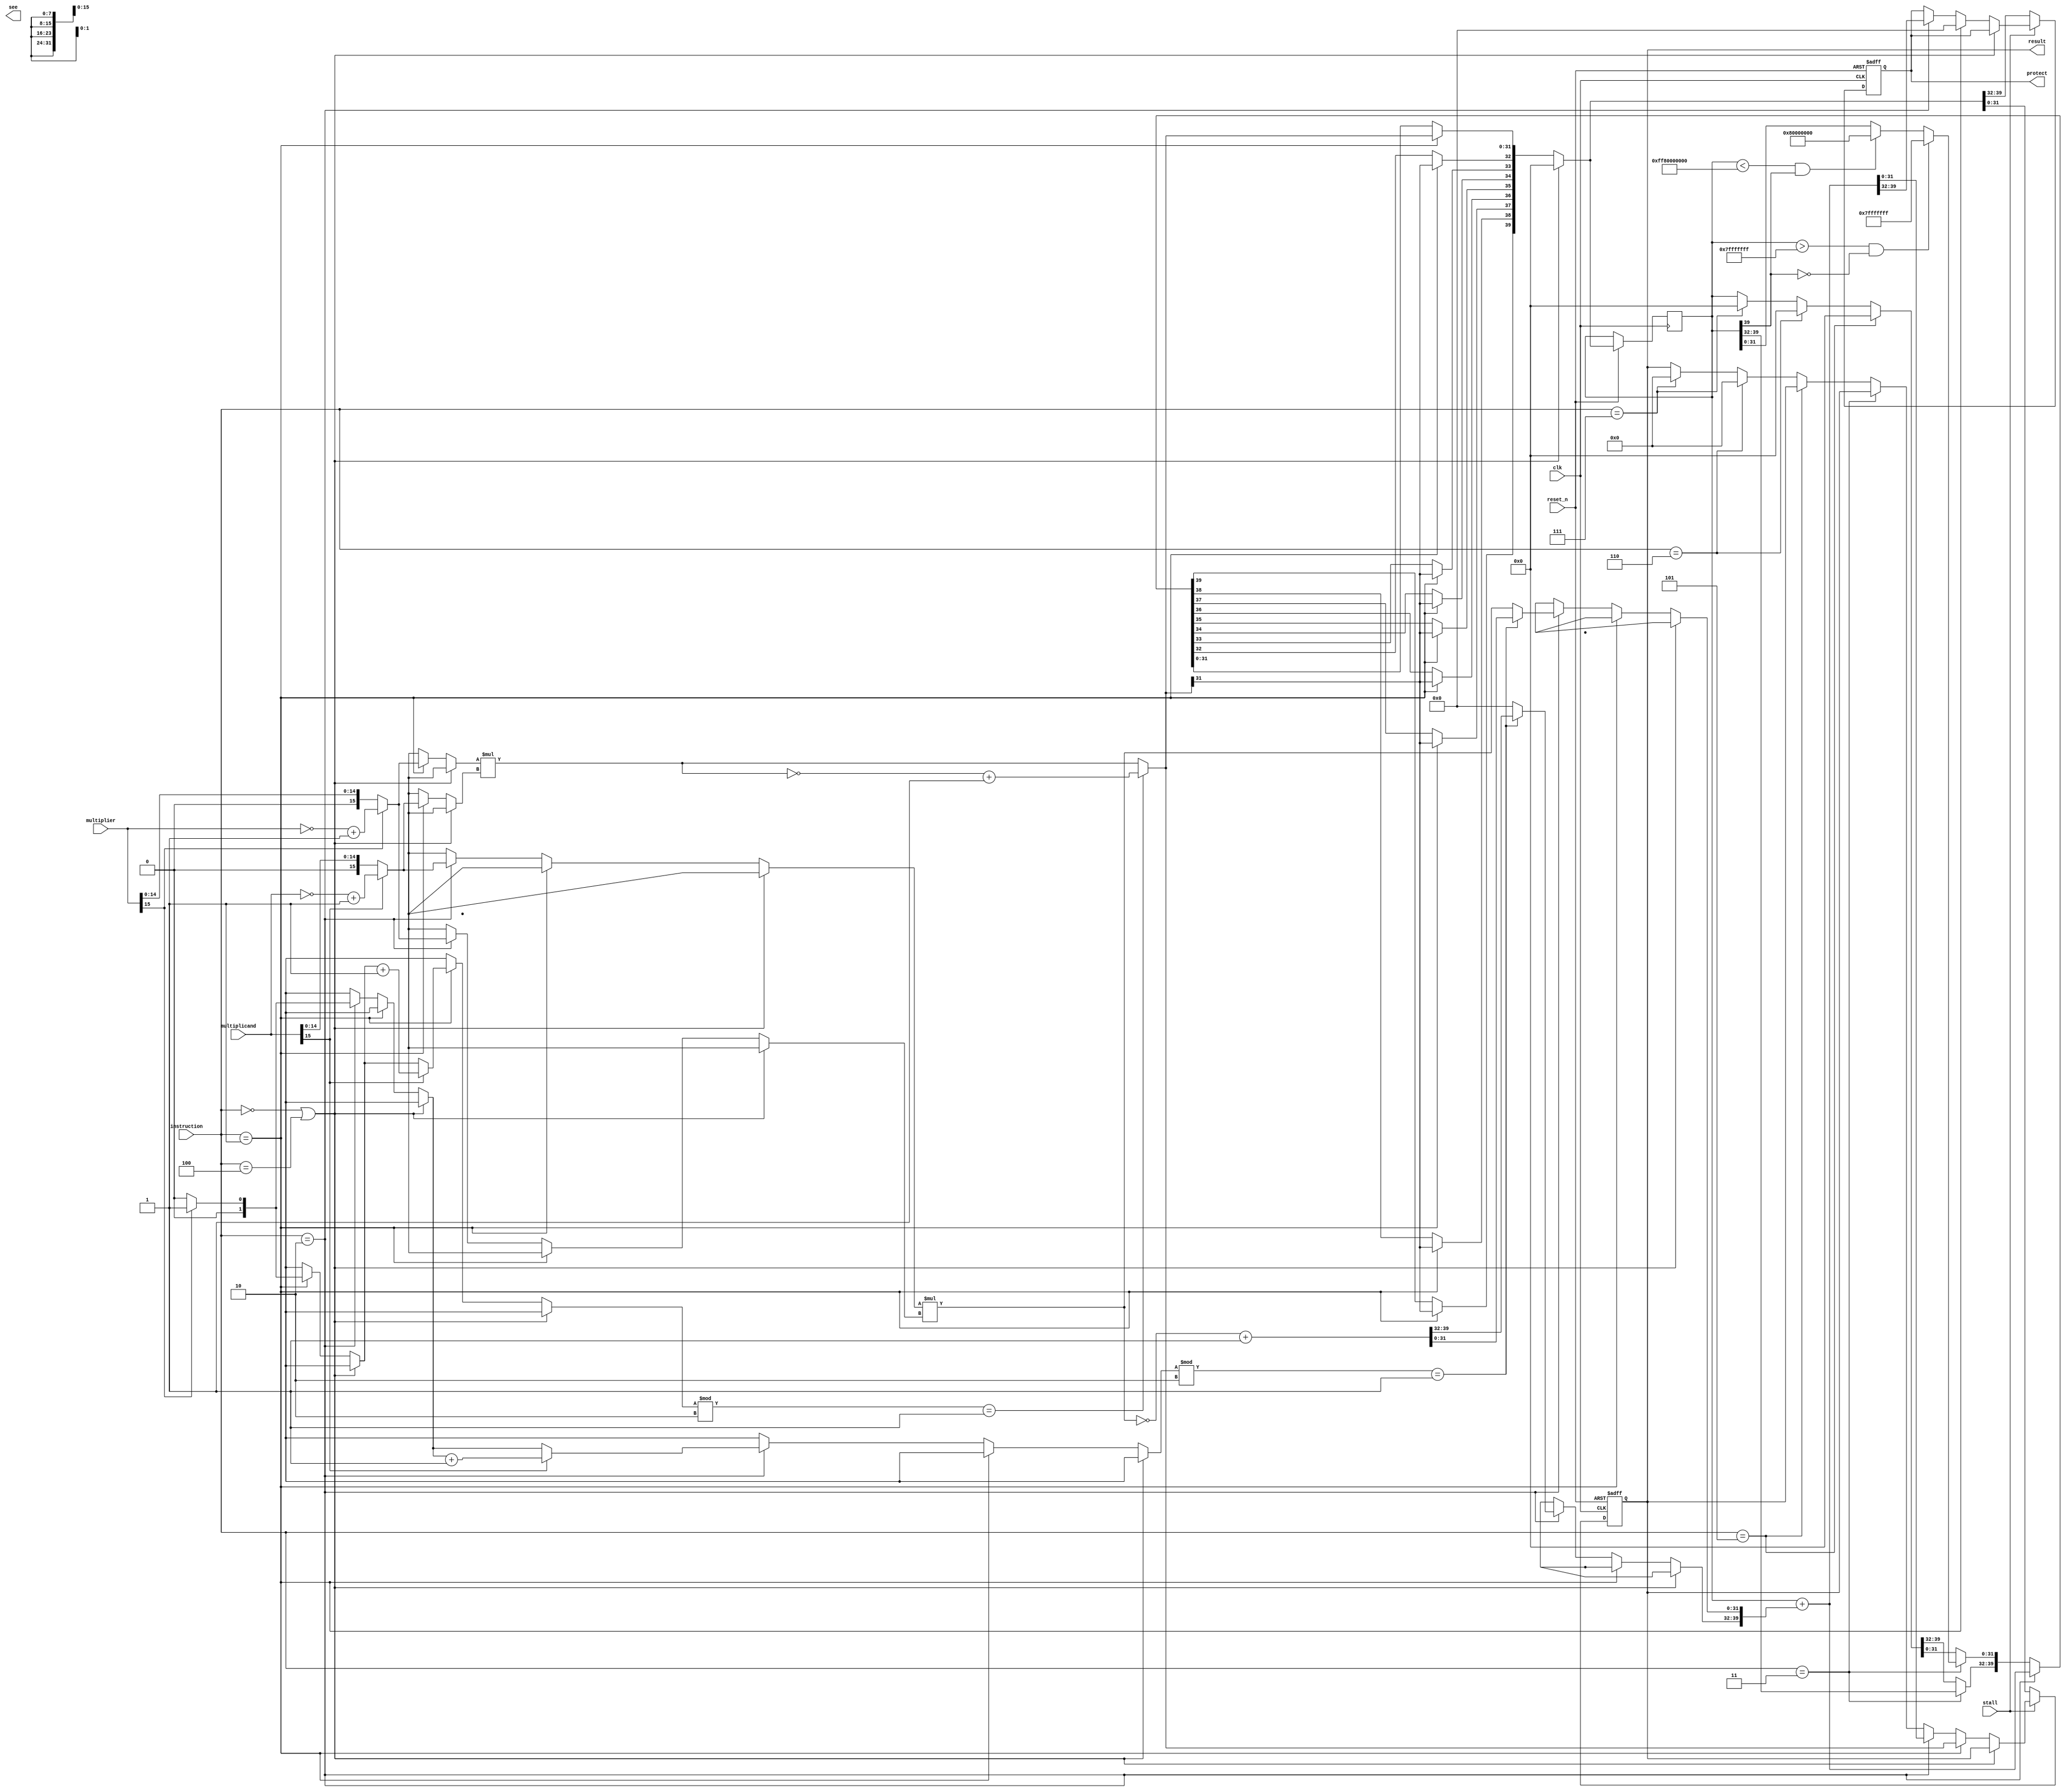
module mac (clk, reset_n, instruction, multiplier,
            multiplicand, stall, protect, result,see);
input clk;
input reset_n;
input [2:0] instruction;
input [15:0] multiplier;
input [15:0] multiplicand;
input stall;
output reg [7:0] protect;
output reg [31:0] result;

reg [15:0] Multiplier;
reg [15:0] Multiplicand;
reg [39:0] temp;
reg [39:0] temp2;
reg [1:0] notice;
output reg [39:0] see;
/* 	for first part of class
reg [39:0] queue[1:0];//the output queue
reg [39:0] last_output;
reg [1:0] counter;
reg [1:0] counter2;
*/
integer i;//just for for loop

always@(posedge clk or negedge reset_n)
begin
    if (reset_n == 1'b0)
    begin
        protect = 8'd0;
        result = 32'd0;
    end
    else
    begin
        // reset_n == 1'b1

        Multiplier = multiplier;	// new multiplier`
        Multiplicand = multiplicand;// new multiplicand

        if (instruction == 3'b000 || instruction == 3'b100)
            temp = 40'd0;
        else if (instruction == 3'b001)
        begin
            // 16-bit x 16-bit
            notice = 2'd0;
            // reset negative count

            if (Multiplier[15] == 1'b1)
            begin
                // negative number
                notice=notice+1;// ...
                Multiplier=~Multiplier+1;
            end

            if (Multiplicand[15] == 1'b1)
            begin
                // negative number
                notice=notice+1;// ...
                Multiplicand=~Multiplicand+1;


            end
            {protect[7:0],result[31:0]}=Multiplier*Multiplicand;
            temp = {protect[7:0],result[31:0]};

            if (notice%2 == 1)
                // negative result
                temp=~temp+1;
            // 2's complement

            for (i=32; i<40; i=i+1)
                temp[i]=temp[31];
            // sign extension
            result=temp;
            // current result is stored in temp
        end
        else if (instruction == 3'b010)
        begin
            temp2 = temp;

            // temp: temporary multiplication result
            // temp2: temporary mac result
            notice = 2'd0;

            if (Multiplier[15] == 1'b1)
            begin
                notice=notice+1;
                Multiplier=~Multiplier+1;
            end

            if (Multiplicand[15] == 1'b1)
            begin
                notice=notice+1;
                Multiplicand=~Multiplicand+1;
            end

            temp[31:0] = temp2;
            {protect[7:0],result[31:0]}=Multiplicand*Multiplier;
            if (notice%2 == 1)
                {protect[7:0],result[31:0]}=~{protect[7:0],result[31:0]}+1;
            {protect[7:0],result[31:0]}=temp2+{protect[7:0],result[31:0]};

            for (i=32; i<40; i=i+1)
                temp[i]=temp[31];

            temp = {protect[7:0],result[31:0]};

            // current result is stored in temp
            result=temp;
        end
        else if (instruction == 3'b011)
        begin
            // saturation16
            if (temp > 40'h007fffffff && temp[39] == 1'b0)
                temp[31:0] = 32'h7FFFFFFF;
            else if (temp < 40'hff80000000 && temp[39] == 1'b1)
                temp[31:0] = 32'h80000000;

            // current result is stored in temp
        end
        else if (instruction == 3'b101)
        begin
            temp = 40'd0;

            // current result is stored in temp
        end
        else if (instruction == 3'b110)
        begin
            temp = 40'd0;
            result=temp;
            // current result is stored in temp
        end
        else if (instruction == 3'b111)
        begin
            temp = 40'd0;
            result=temp;
            // current result is stored in temp
        end

        if (stall == 1'b0)
        begin
            {protect, result} = temp;
        end
    end
end
endmodule